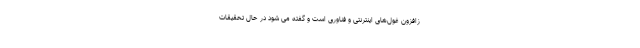
زافزون غول‌های اینترنتی و فناوری است و گفته می شود در حال تحقیقات